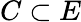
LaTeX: C\subset E